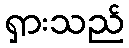
ရှားသည်